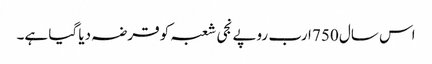
اس سال 750 ارب روپے نجی شعبہ کو قرضہ دیا گیا ہے۔